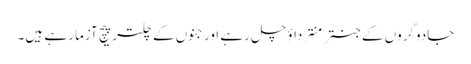
جادوگروں کے جنتر منترداؤ چل رہے اورجنوں کے چلتر پیچ آزما رہے ہیں۔